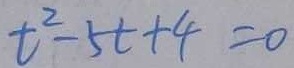
t ^ { 2 } - 5 t + 4 = 0